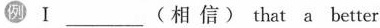
例 Ⅰ ___ (相 信 ) that a better